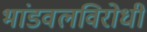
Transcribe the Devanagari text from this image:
भांडवलविरोधी